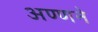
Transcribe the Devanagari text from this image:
अण्णने